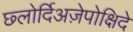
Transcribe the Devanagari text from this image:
छ्लोर्दिअज़ेपोक्षिदे